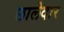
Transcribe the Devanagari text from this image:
छालेदार